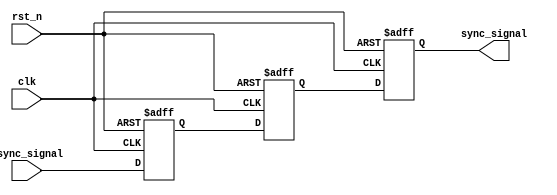
module TwoFF_Metastability_Detector (
    input wire clk,            // Clock signal
    input wire async_signal,   // Asynchronous input signal
    input wire rst_n,         // Active-low reset signal (optional)
    output reg sync_signal     // Synchronized output signal
);

    // Internal signals for the two flip-flops
    reg ff1_out;              // Output of the first flip-flop
    reg ff2_out;              // Output of the second flip-flop

    // First Flip-Flop (FF1)
    always @(posedge clk or negedge rst_n) begin
        if (!rst_n) begin
            ff1_out <= 1'b0;  // Reset FF1 output
        end else begin
            ff1_out <= async_signal; // Capture asynchronous signal
        end
    end

    // Second Flip-Flop (FF2)
    always @(posedge clk or negedge rst_n) begin
        if (!rst_n) begin
            ff2_out <= 1'b0;  // Reset FF2 output
        end else begin
            ff2_out <= ff1_out; // Capture output of FF1
        end
    end

    // Assign the output signal
    always @(posedge clk or negedge rst_n) begin
        if (!rst_n) begin
            sync_signal <= 1'b0; // Reset synchronized output
        end else begin
            sync_signal <= ff2_out; // Output of the second flip-flop
        end
    end

endmodule